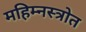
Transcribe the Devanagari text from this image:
महिम्नस्त्रोत